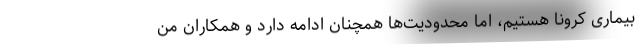
بیماری کرونا هستیم، اما محدودیت‌ها همچنان ادامه دارد و همکاران من